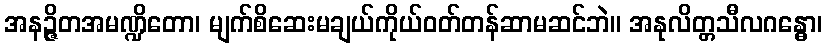
အနဉ္ဇိတအမဏ္ဍိတော၊ မျက်စိဆေးမချယ်ကိုယ်ဝတ်တန်ဆာမဆင်ဘဲ။ အနုလိတ္တသီလဂန္ဓော၊